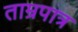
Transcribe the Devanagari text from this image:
ताम्रपात्र